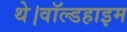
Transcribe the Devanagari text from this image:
थे।वॉल्डहाइम